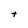
Character: t